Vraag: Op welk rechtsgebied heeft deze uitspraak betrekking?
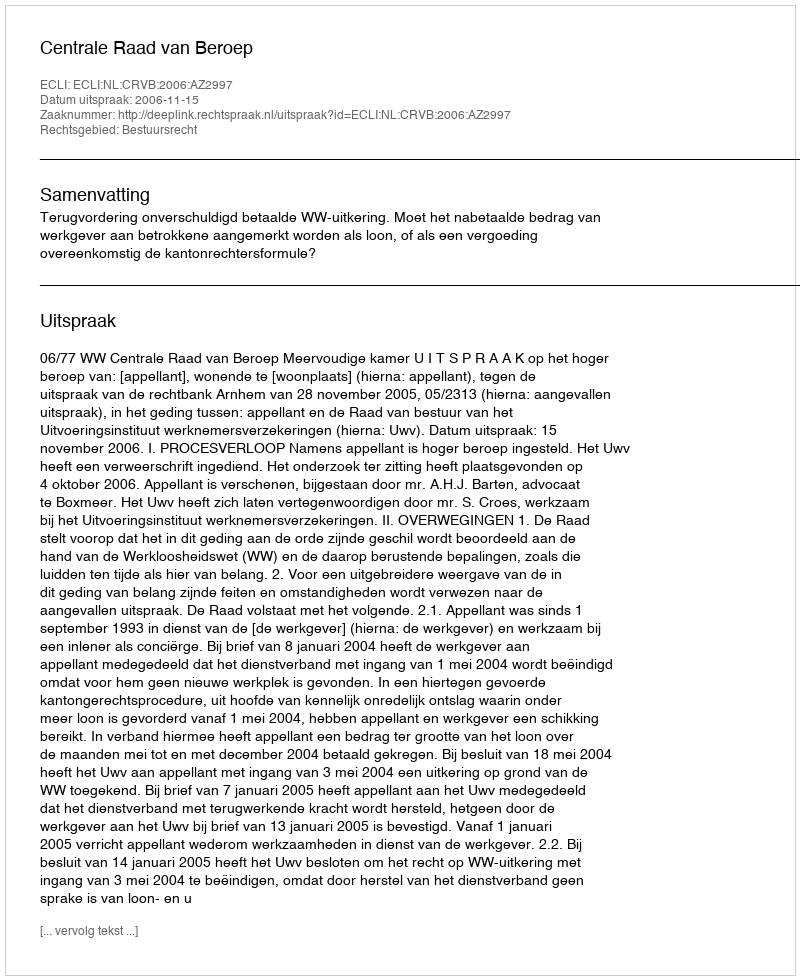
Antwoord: Bestuursrecht